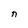
Character: n